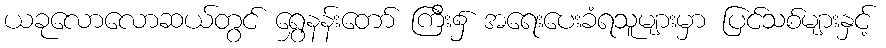
ယခုလောလောဆယ်တွင် ရွှေနန်းတော် ကြီး၌ အရေးပေးခံရသူများမှာ ပြင်သစ်များနှင့်